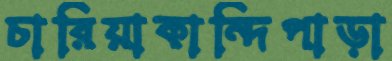
চারিয়াকান্দিপাড়া